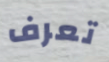
تعرف